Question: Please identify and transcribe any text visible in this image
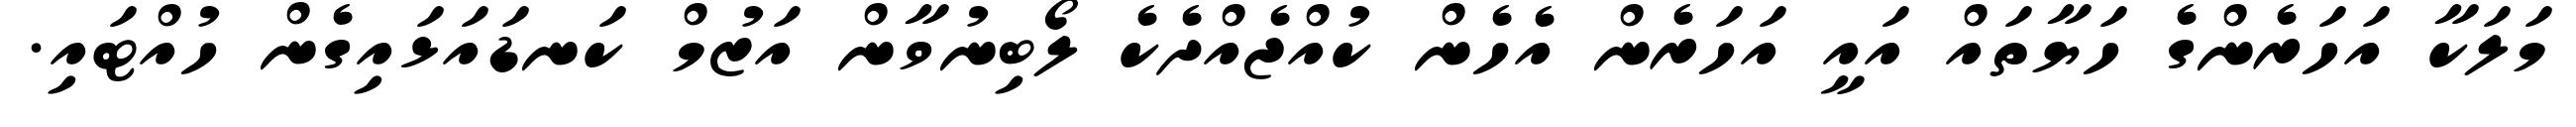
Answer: މަލަކާ އަހަރެންގެ ހަޔާތައް އައީ އަހަރެން އެހެން ކުއްޖެއްދެކެ ލޯބިނުވާން އަޒުމް ކަނޑައަޅައިގެން ހުއްޓައި.